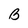
Character: B